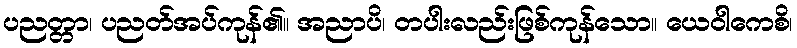
ပညတ္တာ၊ ပညတ်အပ်ကုန်၏။ အညာပိ၊ တပါးလည်းဖြစ်ကုန်သော။ ယေဝါကေစိ၊